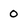
Character: 0